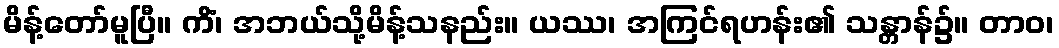
မိန့်တော်မူပြီ။ ကိံ၊ အဘယ်သို့မိန့်သနည်း။ ယဿ၊ အကြင်ရဟန်း၏ သန္တာန်၌။ တာဝ၊